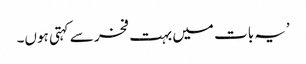
’یہ بات میں بہت فخر سے کہتی ہوں۔